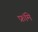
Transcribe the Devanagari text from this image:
फ्रॉमे